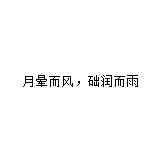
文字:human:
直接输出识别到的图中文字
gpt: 月晕而风﹐础润而雨